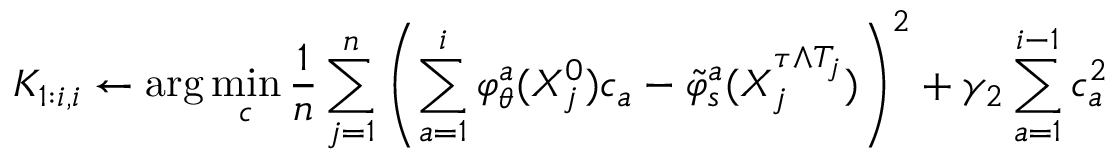
K _ { 1 : i , i } \gets \arg \operatorname* { m i n } _ { c } \frac { 1 } { n } \sum _ { j = 1 } ^ { n } \left( \sum _ { a = 1 } ^ { i } \varphi _ { \theta } ^ { a } ( X _ { j } ^ { 0 } ) c _ { a } - \tilde { \varphi } _ { s } ^ { a } ( X _ { j } ^ { \tau \wedge T _ { j } } ) \right) ^ { 2 } + \gamma _ { 2 } \sum _ { a = 1 } ^ { i - 1 } c _ { a } ^ { 2 }